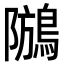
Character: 𪁢